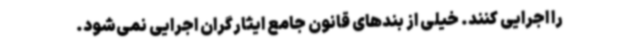
را اجرایی کنند. خیلی از بندهای قانون جامع ایثارگران اجرایی نمی‌شود.